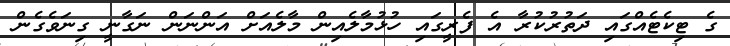
ގެ ޓިކެޓެއްގައި ދަތުރުކުރާ އެ ފެރީގައި ހުޅުމާލެއިން މާލެއަށް އަންނަން ނަގާނީ ގިނަވެގެން